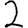
Digit: 2